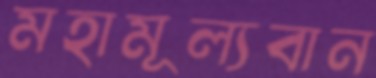
মহামূল্যবান